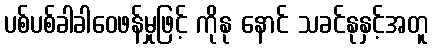
ပစ်ပစ်ခါခါဝေဖန်မှုဖြင့် ကိုနု နောင် သခင်နုနှင့်အတူ